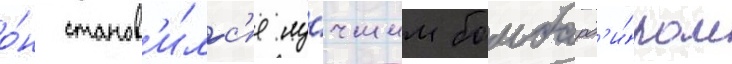
о́н станов'и́лс'я лу́чшим бомбард'и́ром